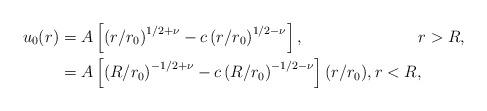
LaTeX: \begin{align*}u_{0}(r) & =A\left[ \left( r/r_{0}\right) ^{1/2+\nu}-c\left(r/r_{0}\right) ^{1/2-\nu}\right] ,\text{\ \ \ \ \ \ \ \ \ \ \ \ \ \ \ \ \ \ \ \ \ }r>R,\\& =A\left[ \left( R/r_{0}\right) ^{-1/2+\nu}-c\left( R/r_{0}\right)^{-1/2-\nu}\right] (r/r_{0}),r<R, \end{align*}